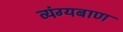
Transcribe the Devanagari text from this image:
व्यंग्यबाण